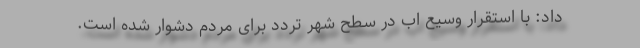
داد: با استقرار وسیع اب در سطح شهر تردد برای مردم دشوار شده است.